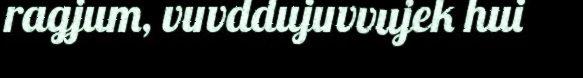
ragjum, vuvddujuvvujek hui